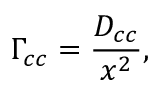
\Gamma _ { c c } = \frac { D _ { c c } } { x ^ { 2 } } ,